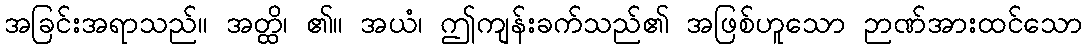
အခြင်းအရာသည်။ အတ္ထိ၊ ၏။ အယံ၊ ဤကျန်းခက်သည်၏ အဖြစ်ဟူသော ဉာဏ်အားထင်သော